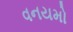
વનયમો